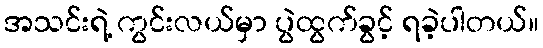
အသင်းရဲ့ ကွင်းလယ်မှာ ပွဲထွက်ခွင့် ရခဲ့ပါတယ်။